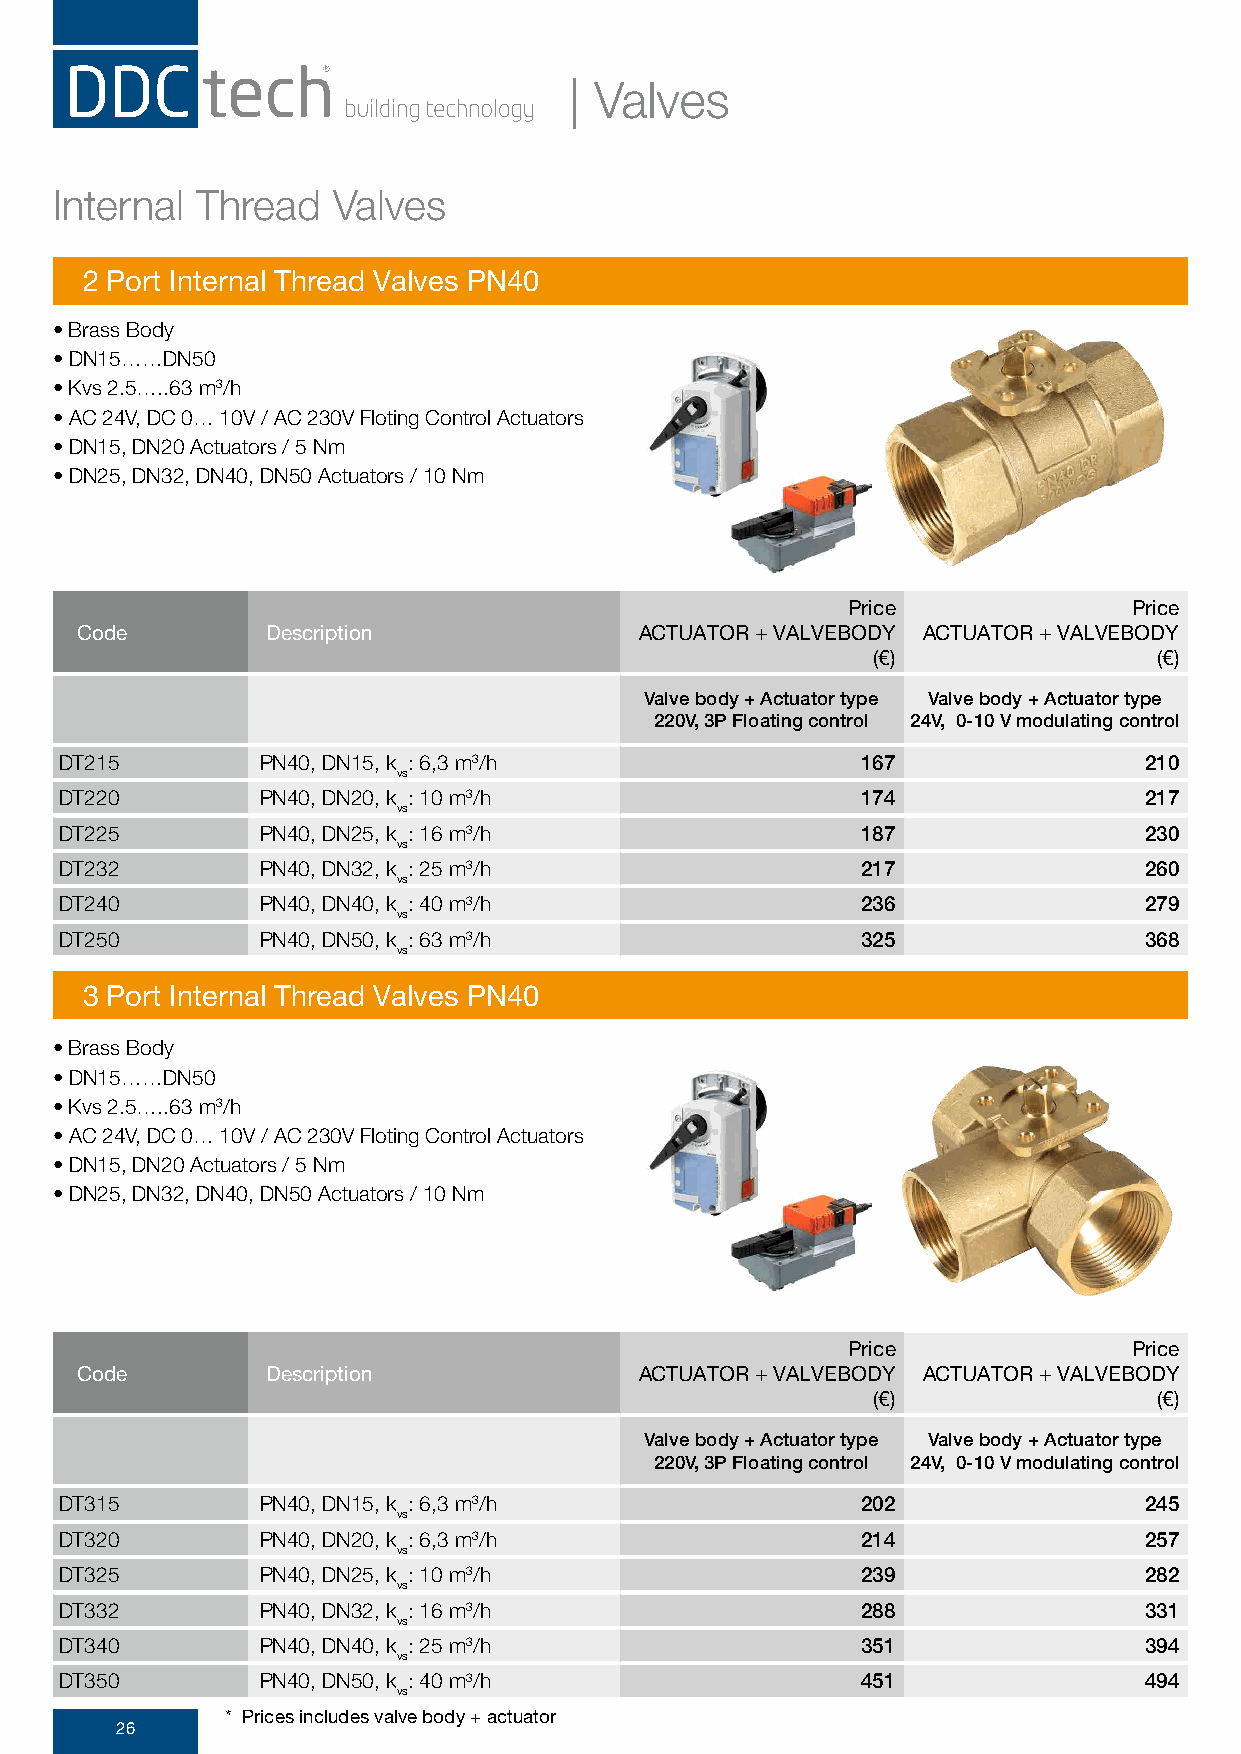
| Valves
 Internal Thread   Valves
 2 Port Internal Thread Valves PN40
 • Brass Body
 • DN15……DN50
 • Kvs 2.5…..63 m3/h
 • AC 24V, DC 0… 10V / AC 230V Floting Control Actuators
 • DN15, DN20 Actuators / 5 Nm
 • DN25, DN32, DN40, DN50 Actuators / 10 Nm
 Price              Price
 Code         Description             ACTUATOR + VALVEBODY ACTUATOR + VALVEBODY
 (€)                (€)
 Valve body + Actuator type Valve body + Actuator type
 220V, 3P Floating control 24V, 0-10 V modulating control
 DT215        PN40, DN15, k : 6,3 m3/h                167                210
 vs
 DT220        PN40, DN20, k : 10 m3/h                 174                217
 vs
 DT225        PN40, DN25, k : 16 m3/h                 187                230
 vs
 DT232        PN40, DN32, k : 25 m3/h                 217                260
 vs
 DT240        PN40, DN40, k : 40 m3/h                 236                279
 vs
 DT250        PN40, DN50, k : 63 m3/h                 325                368
 vs
 3 Port Internal Thread Valves PN40
 • Brass Body
 • DN15……DN50
 • Kvs 2.5…..63 m3/h
 • AC 24V, DC 0… 10V / AC 230V Floting Control Actuators
 • DN15, DN20 Actuators / 5 Nm
 • DN25, DN32, DN40, DN50 Actuators / 10 Nm
 Price              Price
 Code         Description             ACTUATOR + VALVEBODY ACTUATOR + VALVEBODY
 (€)                (€)
 Valve body + Actuator type Valve body + Actuator type
 220V, 3P Floating control 24V, 0-10 V modulating control
 DT315        PN40, DN15, k : 6,3 m3/h                202                245
 vs
 DT320        PN40, DN20, k : 6,3 m3/h                214                257
 vs
 DT325        PN40, DN25, k : 10 m3/h                 239                282
 vs
 DT332        PN40, DN32, k : 16 m3/h                 288                331
 vs
 DT340        PN40, DN40, k : 25 m3/h                 351                394
 vs
 DT350        PN40, DN50, k : 40 m3/h                 451                494
 vs
 * Prices includes valve body + actuator
 26